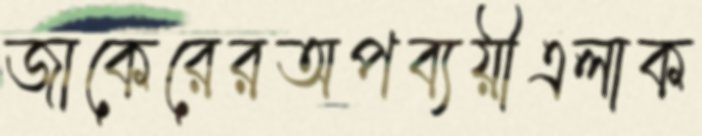
জাকেরেরঅপব্যয়ীএলাক